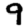
Digit: 9